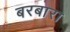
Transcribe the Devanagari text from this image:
बरबारा